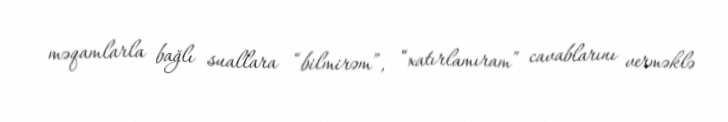
məqamlarla bağlı suallara “bilmirəm”, “xatırlamıram” cavablarını verməklə